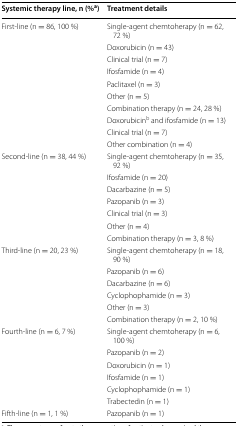
<table><thead><tr><td><b>Systemic therapy line, n (%<sup>a</sup>)</b></td><td><b>Treatment details</b></td></tr></thead><tbody><tr><td rowspan="10">First-line (n = 86, 100 %)</td><td>Single-agent chemtoherapy (n = 62, 72 %)</td></tr><tr><td>Doxorubicin (n = 43)</td></tr><tr><td>Clinical trial (n = 7)</td></tr><tr><td>Ifosfamide (n = 4)</td></tr><tr><td>Paclitaxel (n = 3)</td></tr><tr><td>Other (n = 5)</td></tr><tr><td>Combination therapy (n = 24, 28 %)</td></tr><tr><td>Doxorubicin<sup>b</sup> and ifosfamide (n = 13)</td></tr><tr><td>Clinical trial (n = 7)</td></tr><tr><td>Other combination (n = 4)</td></tr><tr><td rowspan="7">Second-line (n = 38, 44 %)</td><td>Single-agent chemtoherapy (n = 35, 92 %)</td></tr><tr><td>Ifosfamide (n = 20)</td></tr><tr><td>Dacarbazine (n = 5)</td></tr><tr><td>Pazopanib (n = 3)</td></tr><tr><td>Clinical trial (n = 3)</td></tr><tr><td>Other (n = 4)</td></tr><tr><td>Combination therapy (n = 3, 8 %)</td></tr><tr><td rowspan="6">Third-line (n = 20, 23 %)</td><td>Single-agent chemtoherapy (n = 18, 90 %)</td></tr><tr><td>Pazopanib (n = 6)</td></tr><tr><td>Dacarbazine (n = 6)</td></tr><tr><td>Cyclophophamide (n = 3)</td></tr><tr><td>Other (n = 3)</td></tr><tr><td>Combination therapy (n = 2, 10 %)</td></tr><tr><td rowspan="6">Fourth-line (n = 6, 7 %)</td><td>Single-agent chemtoherapy (n = 6, 100 %)</td></tr><tr><td>Pazopanib (n = 2)</td></tr><tr><td>Doxorubicin (n = 1)</td></tr><tr><td>Ifosfamide (n = 1)</td></tr><tr><td>Cyclophophamide (n = 1)</td></tr><tr><td>Trabectedin (n = 1)</td></tr><tr><td>Fifth-line (n = 1, 1 %)</td><td>Pazopanib (n = 1)</td></tr></tbody></table>